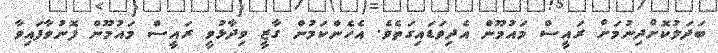
ބަދަލުކޮށްދިނުމަށް ރައީސް މައުމޫން އެދިވަޑައިގަތެވެ. އެހެންކަމުން ގާޒީ ވިދާޅުވީ ރައީސް މައުމޫން ފޮނުވާފައިވާ